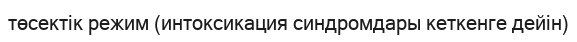
төсектік режим (интоксикация синдромдары кеткенге дейін)